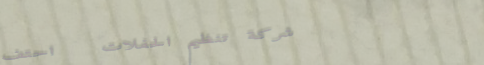
شركة تنظيم الحفلات   احتف